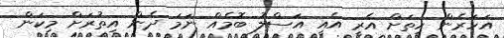
އަހަރެން ހިތަށް އެރީ އެއީ އަސްލު ބޮމެއް ނަމަ ދެން އިތުރަށް މިކަން